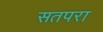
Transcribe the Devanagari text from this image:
सतपरा